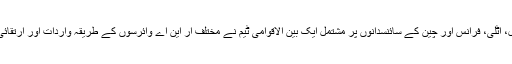
یہ جاننے کےلیے امریکا، برطانیہ، پرتگال، اٹلی، فرانس اور چین کے سائنسدانوں پر مشتمل ایک بین الاقوامی ٹیم نے مختلف آر این اے وائرسوں کے طریقہ واردات اور ارتقائی مدارج کا بہت باریک بینی سے جائزہ لیا۔